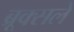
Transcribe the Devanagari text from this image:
ब्रूक्सले